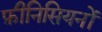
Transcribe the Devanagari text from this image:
फ़ीनिसियनों